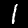
Label: 1